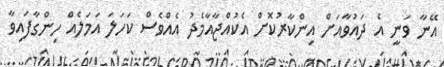
އޭނާ ވަނީ އެ ދައުވާއަށް އިންކާރުކޮށް އެކުއްޖާއާމެދު އެއްވެސް ކަހަލަ އަމަލެއް ހިންގާފައިވާ